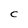
Character: C